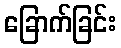
ခြောက်ခြင်း